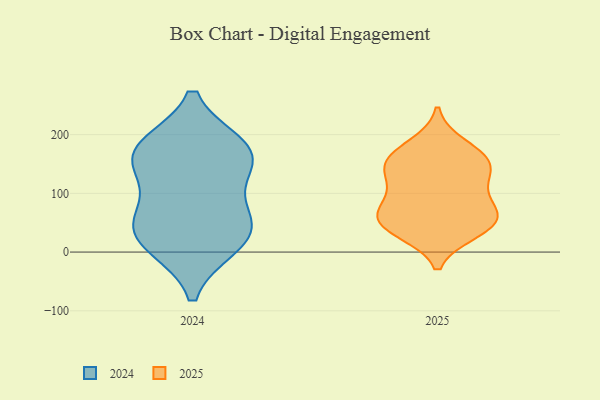
{"axis": {"x": "Revenue (USD Million)", "y": "Value"}, "legend": ["2024", "2025"], "data": [{"x": "", "y": 66, "type": "2025"}, {"x": "", "y": 39, "type": "2025"}, {"x": "", "y": 149, "type": "2025"}, {"x": "", "y": 160, "type": "2025"}, {"x": "", "y": 55, "type": "2025"}, {"x": "", "y": 182, "type": "2025"}, {"x": "", "y": 137, "type": "2025"}, {"x": "", "y": 132, "type": "2025"}, {"x": "", "y": 105, "type": "2025"}, {"x": "", "y": 162, "type": "2025"}, {"x": "", "y": 85, "type": "2025"}, {"x": "", "y": 35, "type": "2025"}, {"x": "", "y": 65, "type": "2025"}, {"x": "", "y": 47, "type": "2025"}, {"x": "", "y": 179, "type": "2024"}, {"x": "", "y": 12, "type": "2024"}, {"x": "", "y": 57, "type": "2024"}, {"x": "", "y": 11, "type": "2024"}, {"x": "", "y": 172, "type": "2024"}, {"x": "", "y": 133, "type": "2024"}, {"x": "", "y": 180, "type": "2024"}, {"x": "", "y": 46, "type": "2024"}, {"x": "", "y": 151, "type": "2024"}, {"x": "", "y": 56, "type": "2024"}]}